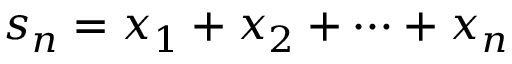
s _ { n } = x _ { 1 } + x _ { 2 } + \cdots + x _ { n }